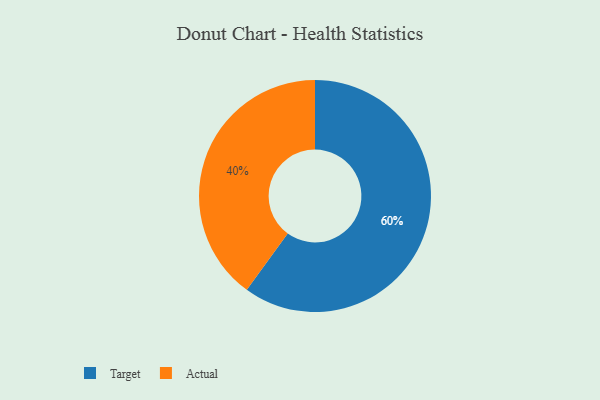
{"axis": {"x": "Category", "y": "Percentage"}, "legend": ["Actual", "Target"], "data": [{"x": "Target", "y": 60, "type": "Target"}, {"x": "Actual", "y": 40, "type": "Actual"}]}